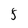
Character: 5